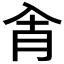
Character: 𰃗